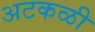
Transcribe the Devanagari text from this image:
अटकळी